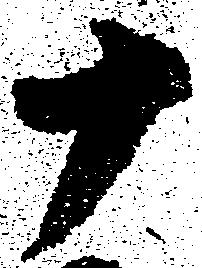
十